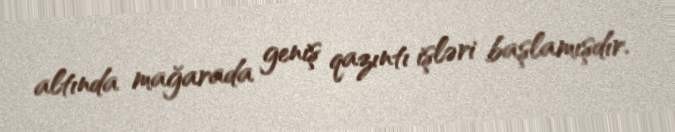
altında mağarada geniş qazıntı işləri başlamışdır.